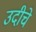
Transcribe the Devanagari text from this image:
उदीचे